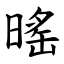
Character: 暚